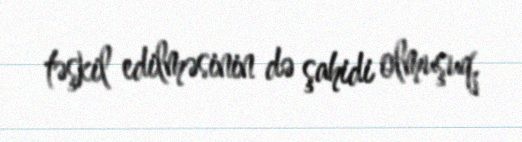
təşkil edilməsinin də şahidi olmuşuq.